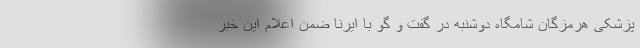
پزشکی هرمزگان شامگاه دوشنبه در گفت و گو با ایرنا ضمن اعلام این خبر